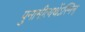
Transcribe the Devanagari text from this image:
पुनामीत्यर्थेऽस्मिन्